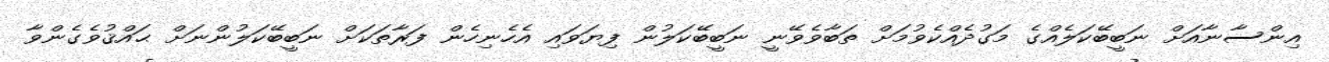
އިންސާނާއަށް ނަބީބޭކަލެއްގެ މަގުދެއްކެވުމަށް ތަބާވެވޭނީ ނަބީބޭކަލުން ފިޔަވައި އެހެނިހެން ފަރާތަކަށް ނަބީބޭކަލުންނަށް ޙައްޤުވެގެންވާ